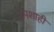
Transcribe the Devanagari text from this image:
उपशाही